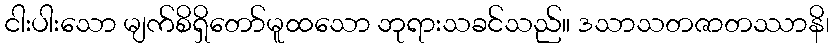
ငါးပါးသော မျက်စိရှိတော်မူထသော ဘုရားသခင်သည်။ ဒသာသတဇာတဿာနိ၊